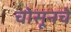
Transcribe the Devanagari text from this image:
चोसूनचे